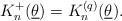
LaTeX: \begin{align*}K_{n}^{+}(\underline{\theta })=K_{n}^{(q)}(\underline{\theta }).\end{align*}